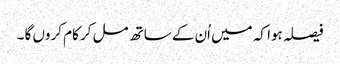
فیصلہ ہوا کہ میں اُن کے ساتھ مل کر کام کروں گا ۔